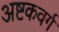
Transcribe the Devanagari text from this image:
अष्टकवर्ग